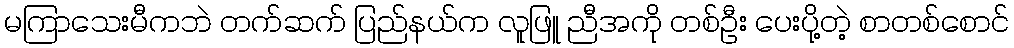
မကြာသေးမီကဘဲ တက်ဆက် ပြည်နယ်က လူဖြူ ညီအကို တစ်ဦး ပေးပို့တဲ့ စာတစ်စောင်